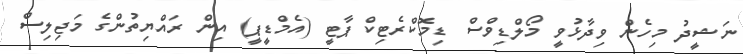
ނަޝީދު މިހެން ވިދާޅުވީ މޯލްޑިވްސް ޑިމޮކްރެޓިކް ޕާޓީ (އެމްޑީޕީ) އިން ރައްޔިތުންގެ މަޖިލިސް